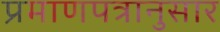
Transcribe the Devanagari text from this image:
प्रमाणपत्रानुसार